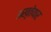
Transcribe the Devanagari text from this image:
अख़्तेयार